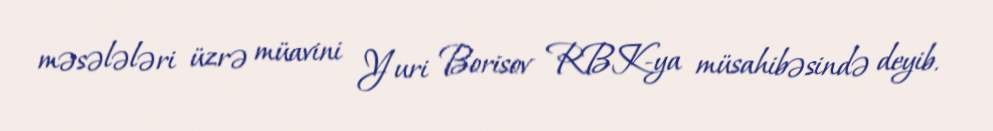
məsələləri üzrə müavini Yuri Borisov RBK-ya müsahibəsində deyib.